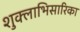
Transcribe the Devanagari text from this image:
शुक्लाभिसारिका